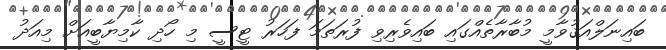
ބައިނަލްއަޤުވާމީ މުބާރާތެއްގައި ބައިވެރިވި ފުރަތަމަ ފަހަރު ޓީސީ މި ހޯދި ކާމިޔާބީއަށް މިއަދު